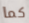
كما